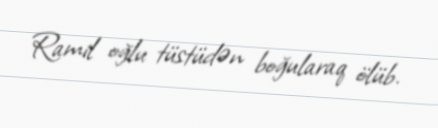
Ramil oğlu tüstüdən boğularaq ölüb.